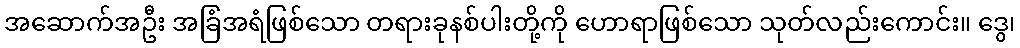
အဆောက်အဦး အခြံအရံဖြစ်သော တရားခုနစ်ပါးတို့ကို ဟောရာဖြစ်သော သုတ်လည်းကောင်း။ ဒွေ၊